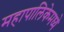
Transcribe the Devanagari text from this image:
महापालिकेमध्ये